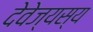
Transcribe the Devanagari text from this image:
देवेज्यस्य